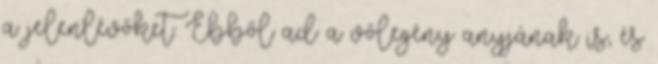
a jelenlévőket. Ebből ad a vőlegény anyjának is, és